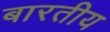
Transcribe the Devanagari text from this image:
बारतीय